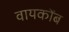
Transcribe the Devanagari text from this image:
वायकोंब